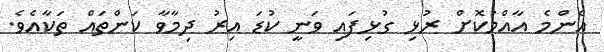
އެންމެ އާއްމުކޮށް ރުޅި ގުޅިފައި ވަނީ ކުޑަ އިރު ދިމާވާ ކަންތައް ތަކާއެވެ.